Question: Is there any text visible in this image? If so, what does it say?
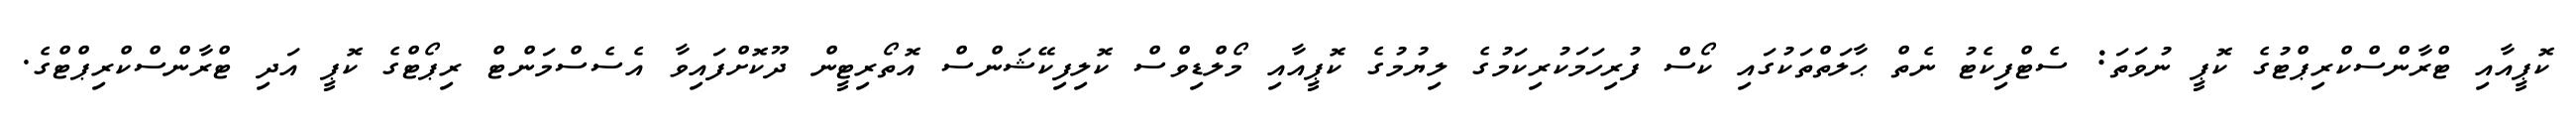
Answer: ކޮޕީއާއި ޓްރާންސްކްރިޕްޓުގެ ކޮޕީ ނުވަތަ: ސެޓްފިކެޓު ނެތް ޙާލަތްތަކުގައި ކޯސް ފުރިހަމަކުރިކަމުގެ ލިޔުމުގެ ކޮޕީއާއި މޯލްޑިވްސް ކޮލިފިކޭޝަންސް އޮތޯރިޓީން ދޫކޮށްފައިވާ އެސެސްމަންޓް ރިޕޯޓްގެ ކޮޕީ އަދި ޓްރާންސްކްރިޕްޓްގެ.